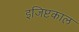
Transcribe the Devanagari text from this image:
इजिप्टकाल